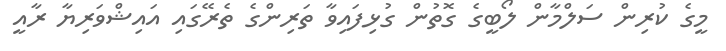
މީގެ ކުރިން ސަލްމާން ލޯބީގެ ގޮތުން ގުޅިފައިވާ ތަރިންގެ ތެރޭގައި އައިޝްވަރިޔާ ރާއީ